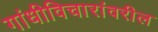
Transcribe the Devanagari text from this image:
गांधीविचारांवरील